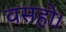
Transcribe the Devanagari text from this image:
वसहो।